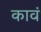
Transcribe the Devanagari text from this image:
कावं